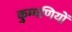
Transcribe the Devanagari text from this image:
कुम्मणियों